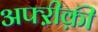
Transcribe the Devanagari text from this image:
अफ्ऱीक़ी